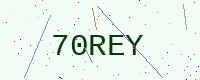
Text: 70REY